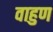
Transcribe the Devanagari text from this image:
वाहुण